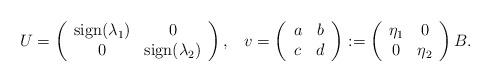
LaTeX: \begin{align*} U=\left(\begin{array}{cc}\textrm{sign}(\lambda_1) & 0 \\ 0 & \textrm{sign}(\lambda_2)\end{array}\right),\,\,\,\,\, v=\left(\begin{array}{cc}a & b\\ c &d\end{array}\right):=\left(\begin{array}{cc}\eta_1 & 0 \\ 0 & \eta_2\end{array}\right) B.\end{align*}